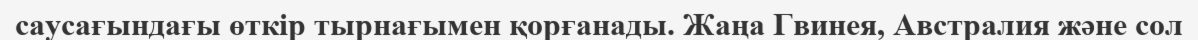
саусағындағы өткір тырнағымен қорғанады. Жаңа Гвинея, Австралия және сол